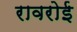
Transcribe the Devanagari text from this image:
रावरोई